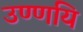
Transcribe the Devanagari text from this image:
उण्णयि